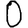
Digit: 0